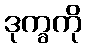
ဒုက္ခကို